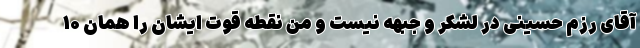
آقای رزم حسینی در لشکر و جبهه نیست و من نقطه قوت ایشان را همان ۱۰